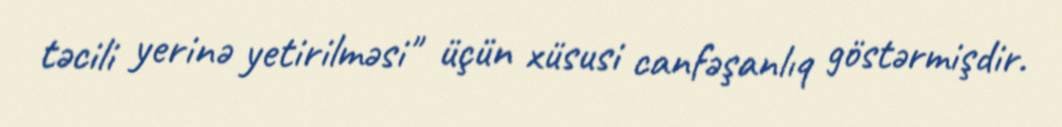
təcili yerinə yetirilməsi" üçün xüsusi canfəşanlıq göstərmişdir.